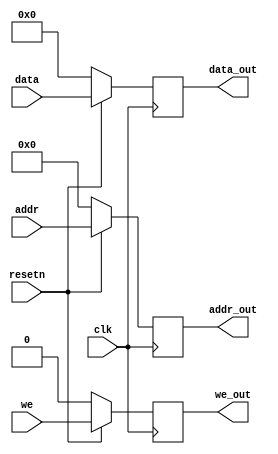
`timescale 1ns / 1ps
//////////////////////////////////////////////////////////////////////////////////
// Company: 
// Engineer: 
// 
// Design Name: 
// Module Name: take_beat
// Project Name: 
// Target Devices: 
// Tool Versions: 
// Description: 
// 
// Dependencies: 
// 
// Revision:
// Revision 0.01 - File Created
// Additional Comments:
// 
//////////////////////////////////////////////////////////////////////////////////


module take_beat(
    input           clk,
    input           resetn,
    input           we,
    input   [63:0]  data,
    input   [11:0]  addr,
    output reg[11:0]addr_out,
    output reg      we_out,
    output reg[63:0]data_out
    
    );
    always@(posedge clk)begin
        if(!resetn)begin
            we_out <= 0;
            data_out <= 0;
            addr_out <= 0;
        end
        else begin
            we_out <= we;
            data_out <= data;
            addr_out <= addr;
        end
    end
    
    
endmodule